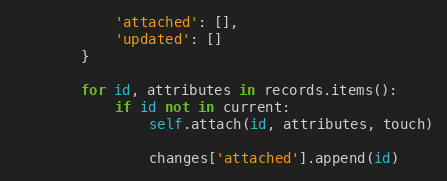
Language: Python
            'attached': [],
            'updated': []
        }

        for id, attributes in records.items():
            if id not in current:
                self.attach(id, attributes, touch)

                changes['attached'].append(id)